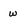
Character: w